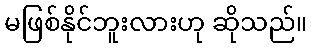
မဖြစ်နိုင်ဘူးလားဟု ဆိုသည်။